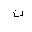
Letter: _ta